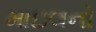
માઇલનો